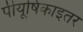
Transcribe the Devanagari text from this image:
पीयूषिकाइतर